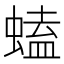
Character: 䗘